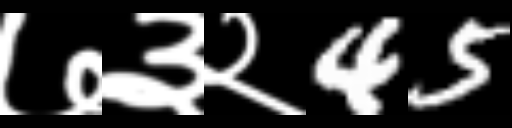
Text: ७३२45